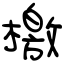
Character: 檄